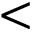
<